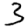
Digit: 3